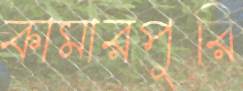
কামারপুরি